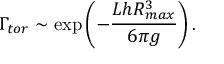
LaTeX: \Gamma _ { t o r } \sim \exp \left( - { \frac { L h R _ { m a x } ^ { 3 } } { 6 \pi g } } \right) .